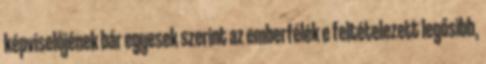
képviselőjének bár egyesek szerint az emberfélék e feltételezett legősibb,